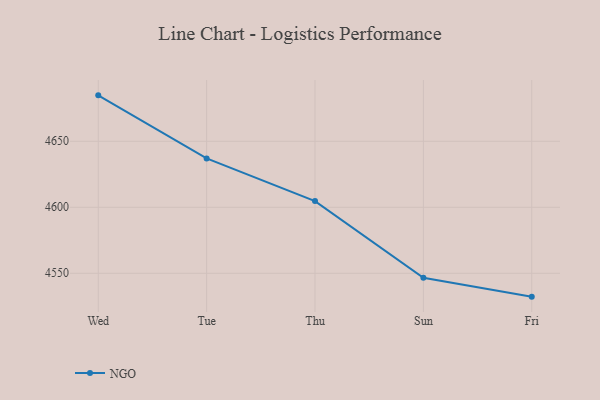
{"axis": {"x": "Day", "y": "Website Visitors"}, "legend": ["NGO"], "data": [{"x": "Wed", "y": 4684.8, "type": "NGO"}, {"x": "Tue", "y": 4637.0, "type": "NGO"}, {"x": "Thu", "y": 4604.7, "type": "NGO"}, {"x": "Sun", "y": 4546.6, "type": "NGO"}, {"x": "Fri", "y": 4532.3, "type": "NGO"}]}